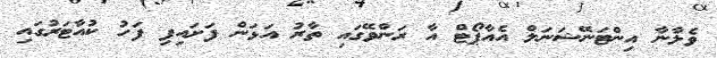
ވެލާނާ އިންޓަނޭޝަނަލް އެއާޕޯޓް އާ ރަންވޭގައި ތާރު އަޅަން ފަށައިފި ފަހު ކުއާޓަރުގައި